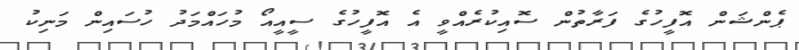
ޕެންޝަން އޮފީހުގެ ފަރާތުން ސޮއިކުރެއްވީ އެ އޮފީހުގެ ސީއީއޯ މުހައްމަދު ހުސައިން މަނިކު